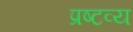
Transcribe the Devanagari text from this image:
प्रष्टव्य